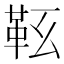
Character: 䩘